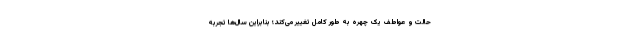
حالت و عواطف یک چهره به طور کامل تغییر می‌کند؛ بنابراین سال‌ها تجربه